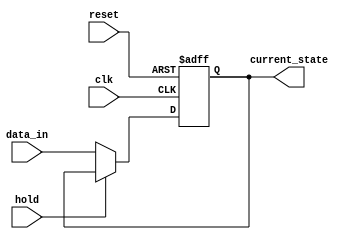
module hold_condition (
    input wire clk,                // Clock signal
    input wire reset,              // Reset signal
    input wire hold,               // Control signal to hold the current state
    input wire [7:0] data_in,      // Data inputs (8-bit for example)
    output reg [7:0] current_state  // Current state output (8-bit)
);

    // Always block triggered on the rising edge of the clock or on reset
    always @(posedge clk or posedge reset) begin
        if (reset) begin
            // Reset the current state output to a known value (e.g., 0)
            current_state <= 8'b0;
        end else if (hold) begin
            // Hold the current state, do not change output
            current_state <= current_state;
        end else begin
            // Update current state with new data input when not holding
            current_state <= data_in;
        end
    end

endmodule